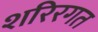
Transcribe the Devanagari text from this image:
शरिरगत